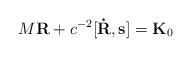
\begin{align*}M{\bf R} + c^{-2}[{\bf\dot R},{\bf s}] = {\bf K}_0\end{align*}